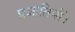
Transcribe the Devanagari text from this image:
प्रजातियों।